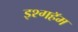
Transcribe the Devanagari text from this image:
इश्गहॅम